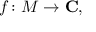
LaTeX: f \colon M \to \mathbf { C } ,